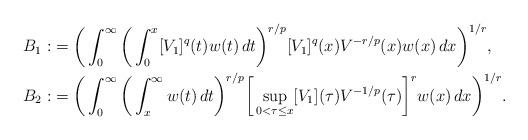
LaTeX: \begin{align*} B_1: & = \bigg(\int_0^{\infty} \bigg(\int_0^x [V_1]^q(t) w(t)\,dt\bigg)^{r / p} [V_1]^q(x) V^{- r / p}(x) w(x)\,dx \bigg)^{1 / r}, \\ B_2: & = \bigg(\int_0^{\infty} \bigg(\int_x^{\infty} w(t)\,dt\bigg)^{r / p} \bigg[\sup_{0 < \tau \le x} [V_1](\tau)V^{-1 / p}(\tau)\bigg]^{r} w(x)\,dx \bigg)^{1 / r}. \end{align*}